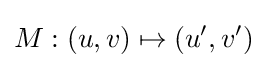
M:(u,v)\mapsto (u',v')